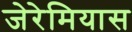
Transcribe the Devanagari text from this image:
जेरेमियास